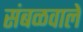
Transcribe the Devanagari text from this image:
संबळवाले